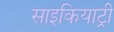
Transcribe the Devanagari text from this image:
साइकियाट्री